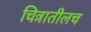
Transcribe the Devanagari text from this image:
चित्रातीलच